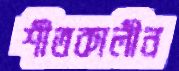
শীতকালীন